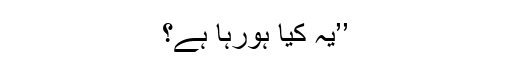
’’یہ کیا ہورہا ہے؟